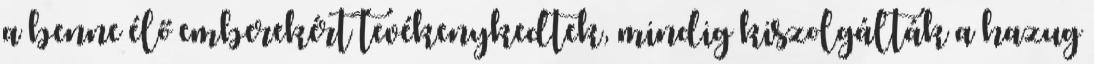
a benne élő emberekért tevékenykedtek, mindig kiszolgálták a hazug